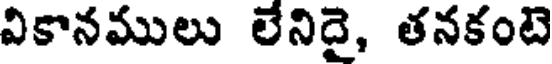
వికానములు లేనిదై, తనకంటె